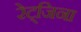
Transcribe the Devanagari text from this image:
रेट्जिना